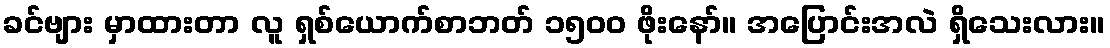
ခင်ဗျား မှာထားတာ လူ ရှစ်ယောက်စာဘတ် ၁၅၀၀ ဖိုးနော်။ အပြောင်းအလဲ ရှိသေးလား။